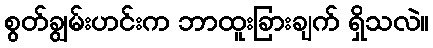
စွတ်ချွမ်းဟင်းက ဘာထူးခြားချက် ရှိသလဲ။